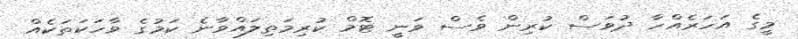
މީގެ އަހަރެއްހާ ދުވަސް ކުރިން ވެސް ވަނީ ޓޮމް ކުރިމަތިލައްވާނެ ކަމުގެ ވާހަކަތަކެއް